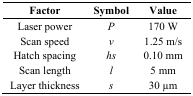
<table><thead><tr><td><b>Factor</b></td><td><b>Symbol</b></td><td><b>Value</b></td></tr></thead><tbody><tr><td>Laser power</td><td><i>P</i></td><td>170 W</td></tr><tr><td>Scan speed</td><td><i>v</i></td><td>1.25 m/s</td></tr><tr><td>Hatch spacing</td><td><i>hs</i></td><td>0.10 mm</td></tr><tr><td>Scan length</td><td><i>l</i></td><td>5 mm</td></tr><tr><td>Layer thickness</td><td><i>s</i></td><td>30 μm</td></tr></tbody></table>